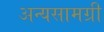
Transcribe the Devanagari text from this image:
अन्यसामग्री